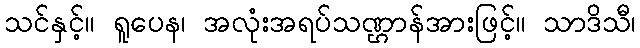
သင်နှင့်။ ရူပေန၊ အလုံးအရပ်သဏ္ဌာန်အားဖြင့်။ သာဒိသီ၊